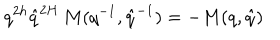
q ^ { 2 h } \hat { q } ^ { 2 H } \, M ( q ^ { - 1 } , \hat { q } ^ { - 1 } ) = - M ( q , \hat { q } )